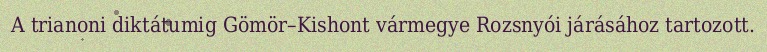
A trianoni diktátumig Gömör–Kishont vármegye Rozsnyói járásához tartozott.